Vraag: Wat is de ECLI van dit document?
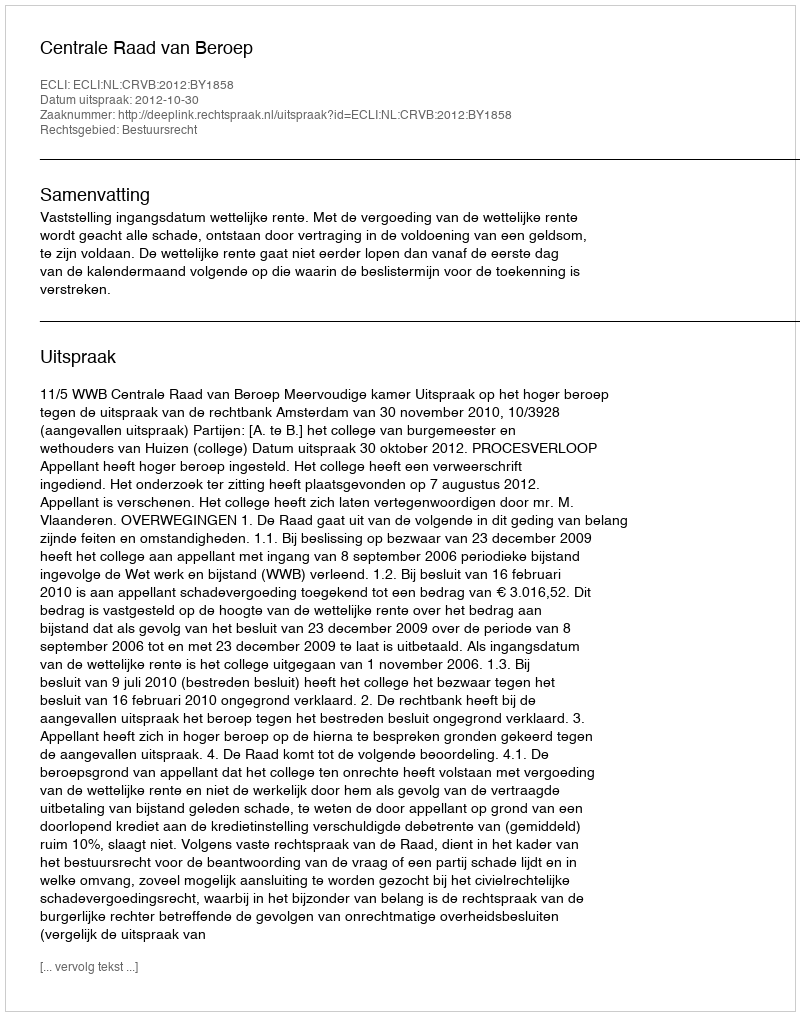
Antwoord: ECLI:NL:CRVB:2012:BY1858